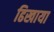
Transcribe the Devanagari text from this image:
ढिखाया